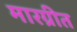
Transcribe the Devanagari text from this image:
मारग्रीत